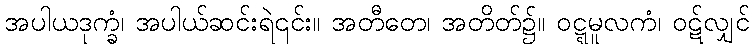
အပါယဒုက္ခံ၊ အပါယ်ဆင်းရဲ၎င်း။ အတီတေ၊ အတိတ်၌။ ဝဋ္ဋမူလကံ၊ ဝဋ်လျှင်